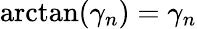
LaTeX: \arctan(\gamma_{n})=\gamma_{n}